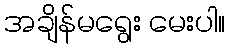
အချိန်မရွေး မေးပါ။